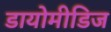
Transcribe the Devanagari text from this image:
डायोमीडिज